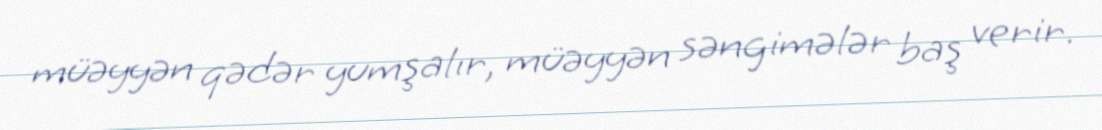
müəyyən qədər yumşalır, müəyyən səngimələr baş verir.